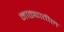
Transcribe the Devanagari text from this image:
माढ्यातील